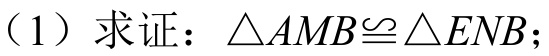
（1）求证：\(\triangle AMB\cong\triangle ENB\)；